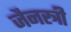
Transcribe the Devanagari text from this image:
जैनस्त्री